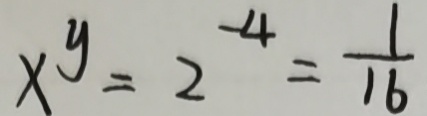
x ^ { y } = 2 ^ { - 4 } = \frac { 1 } { 1 6 }